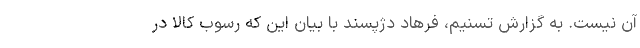
آن نیست. به گزارش تسنیم، فرهاد دژپسند با بیان این که رسوب کالا در